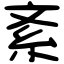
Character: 紊